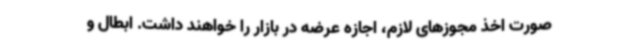
صورت اخذ مجوزهای لازم، اجازه عرضه در بازار را خواهند داشت. ابطال و